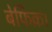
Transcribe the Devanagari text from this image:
बेफिक्र।